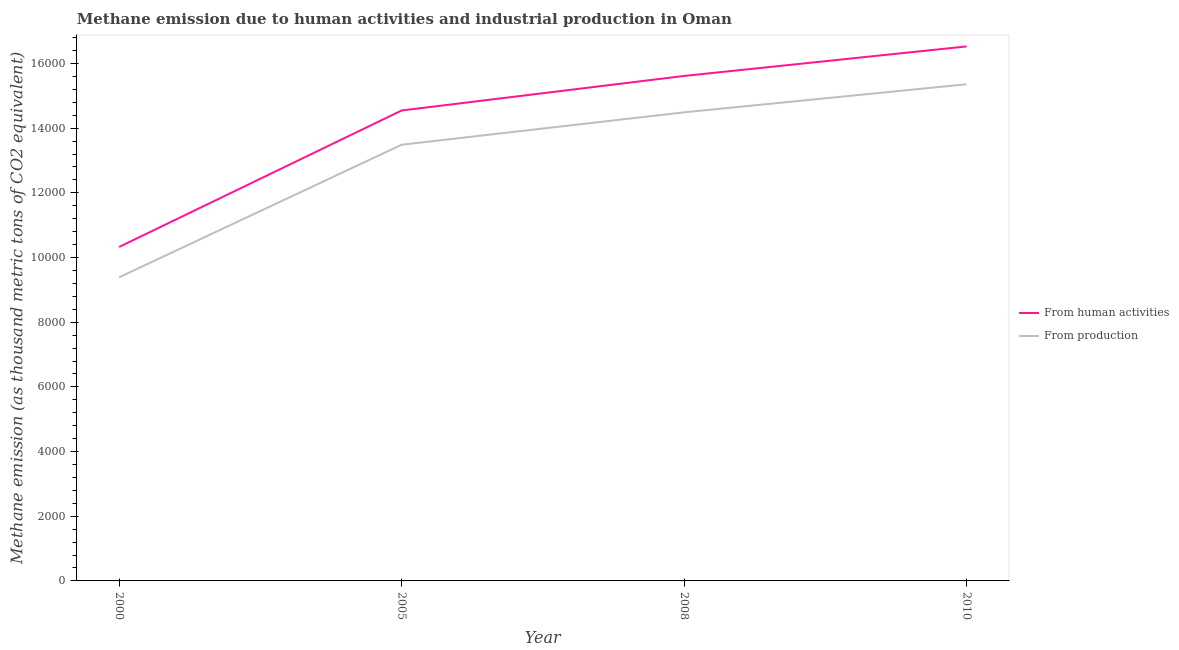
| Year | From human activities | From production |
 | --- | --- | --- |
 | 2000 | 1.03e+04 | 9.39e+03 |
 | 2005 | 1.45e+04 | 1.35e+04 |
 | 2008 | 1.56e+04 | 1.45e+04 |
 | 2010 | 1.65e+04 | 1.54e+04 |